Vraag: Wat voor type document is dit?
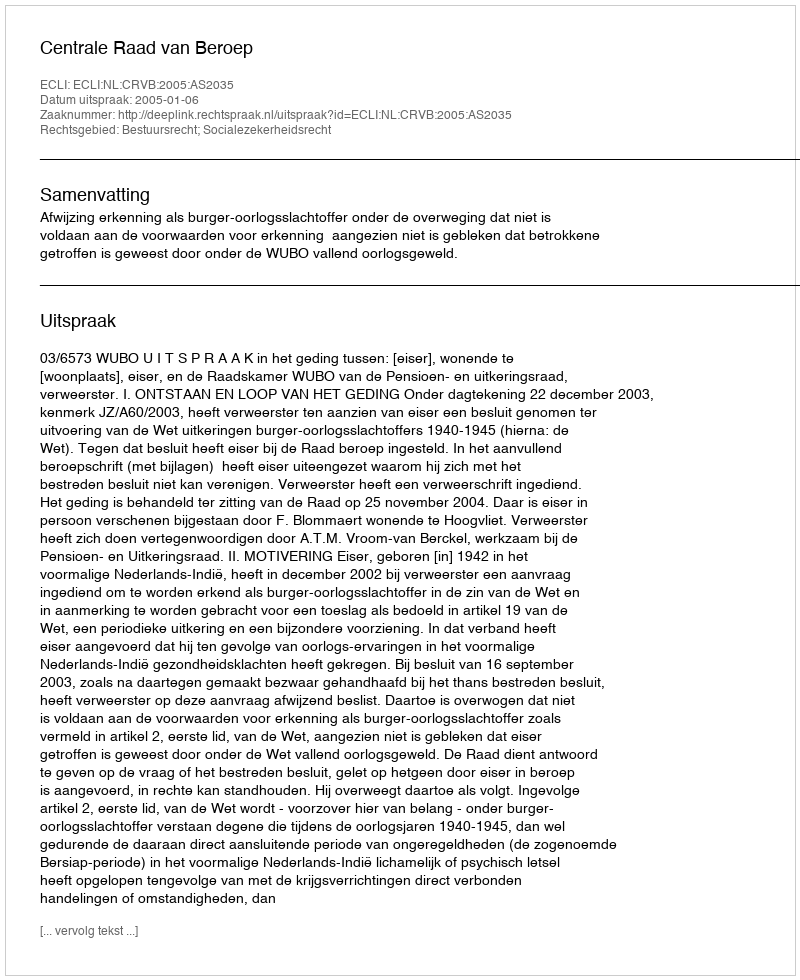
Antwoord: Uitspraak